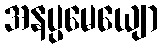
အနပ္ပမေယျော